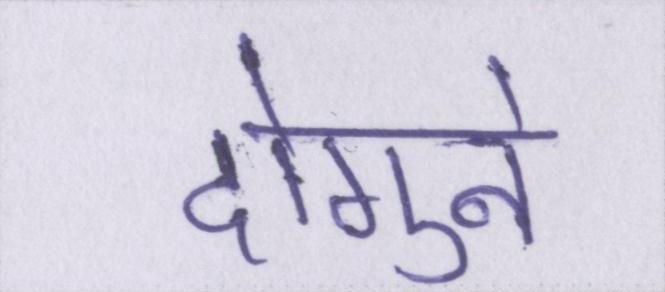
दोगुने